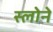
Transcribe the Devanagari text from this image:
स्‍लोने